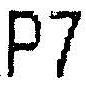
P7